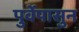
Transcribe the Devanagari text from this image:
पुर्वेपासुन